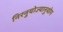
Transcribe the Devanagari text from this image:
निरनुयोज्यानुयोग